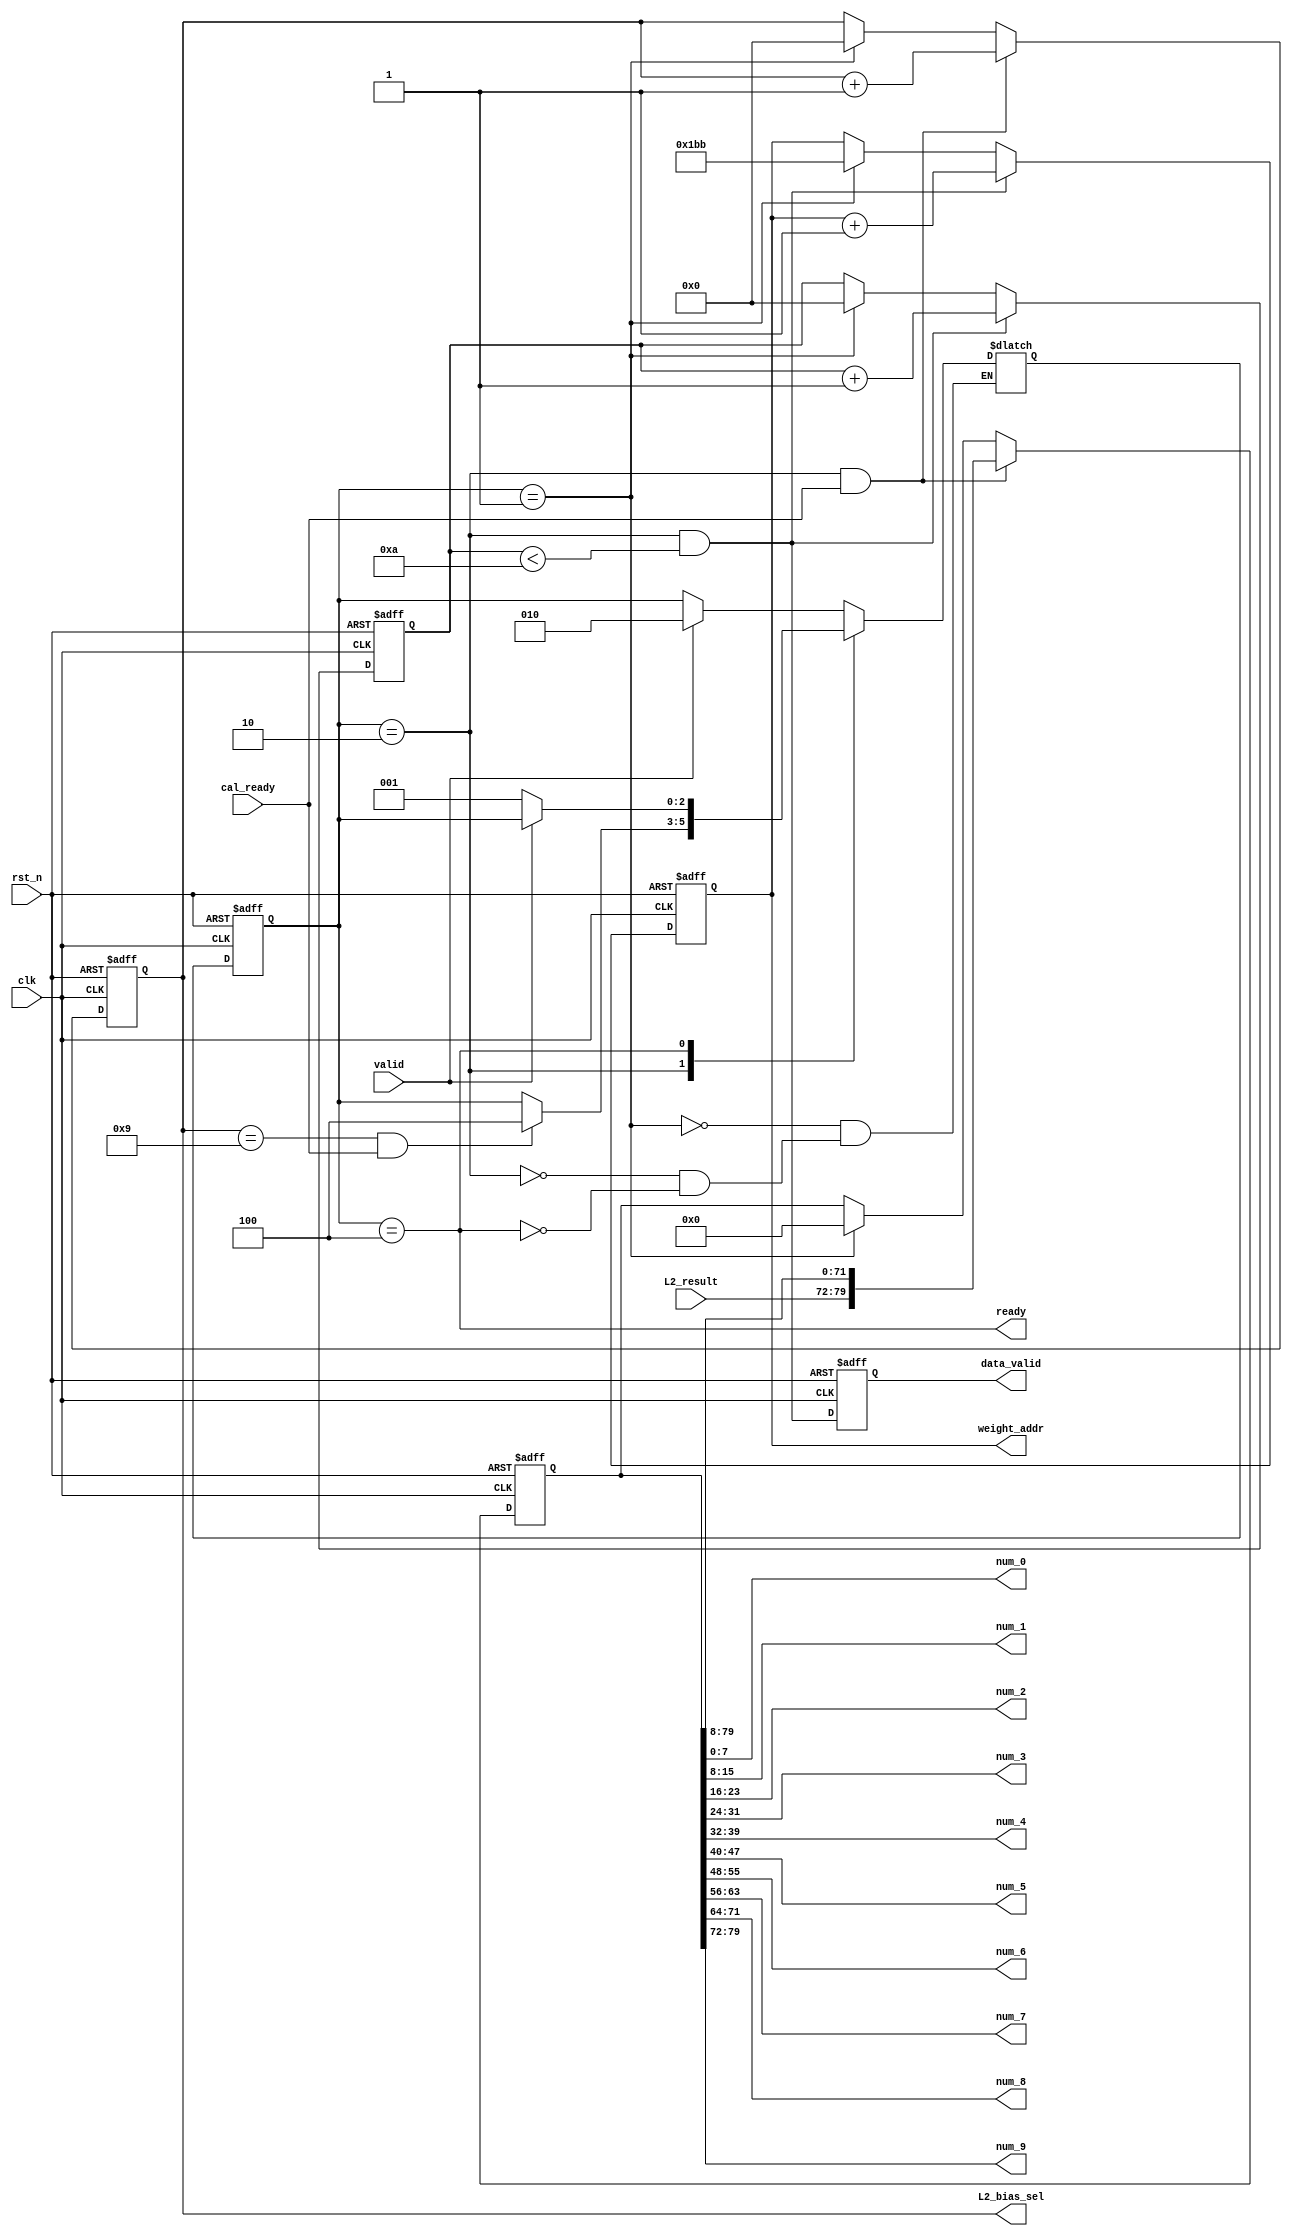
module L2FullCtrl #(
    parameter weight_Start_addr = 443,
    parameter Width = 15,
    parameter out_num = 10 - 1
)(
    input clk,
    input rst_n,
    // ready valid
    input  valid,
    output wire ready,

    input cal_ready,                    // DATA ready
    output [3:0] L2_bias_sel,

    output wire [8:0] weight_addr,
  //  input wire [191:0] weight_data,
    output wire data_valid,
    input wire [7:0] L2_result,

     //dataOut surface
    output wire [7:0] num_0,
    output wire [7:0] num_1, 
    output wire [7:0] num_2,
    output wire [7:0] num_3, 
    output wire [7:0] num_4,
    output wire [7:0] num_5, 
    output wire [7:0] num_6,
    output wire [7:0] num_7,
    output wire [7:0] num_8,
    output wire [7:0] num_9
);


//*********************************************FSM************************************************//

localparam IDLE = 3'b001;
localparam PROCESS = 3'b010;
localparam SDB = 3'b100;

reg [2:0] state;
reg [2:0] state_nxt;
wire L2_done;

always@(posedge clk or negedge rst_n) begin
  if(!rst_n)  state <= IDLE;
  else state<=state_nxt;
end

always@(*) begin
  case(state)
  IDLE:begin
    if(valid) state_nxt <= PROCESS;
    else state_nxt <=state;
  end
 
  PROCESS:begin
   if(L2_done) state_nxt <= SDB;
   else state_nxt <= state;
  end

  SDB : begin
    if(!valid) state_nxt <= IDLE;
    else state_nxt <= state;
  end
  endcase
end

assign ready = (state == SDB);
//****************************address******************************//
reg [3:0] addr_counter;

always@(posedge clk or negedge rst_n) begin
  if(~rst_n) begin
    addr_counter <= 0;
  end
  else if(state == PROCESS && addr_counter< (out_num + 1'd1)) begin
    addr_counter <= addr_counter + 1'd1;
  end
  else if(state == IDLE) begin
    addr_counter <= 0;
  end
end

reg [8:0] w_addr;

always@(posedge clk or negedge rst_n) begin
  if(~rst_n) begin
    w_addr <= weight_Start_addr;
  end
  else if(state == PROCESS && addr_counter < (out_num + 1'd1)) begin
    w_addr <= w_addr + 1'd1;
  end
  else if(state == IDLE) begin
    w_addr <= weight_Start_addr;
  end
end

assign weight_addr = w_addr;

wire ram_valid;
reg ram_valid_r;
assign ram_valid = (state == PROCESS && addr_counter < (out_num + 1'd1));

always@(posedge clk or negedge rst_n) begin
  if(~rst_n) begin
    ram_valid_r <= 0;
  end
  else ram_valid_r <= ram_valid;
end

assign data_valid = ram_valid_r;
//****************************************PROCESS********************************************//
reg [3:0] Num_counter;

always@(posedge clk or negedge rst_n) begin
  if(!rst_n)  begin
    Num_counter <= 4'd0;
  end
  else if(state == PROCESS && cal_ready) begin
    Num_counter <= Num_counter + 1'd1;
  end
  else if(state == IDLE) begin
    Num_counter <= 0;
  end
end

assign L2_done = (Num_counter == out_num && cal_ready);

reg [79:0]possible;
always@(posedge clk or negedge rst_n) begin
  if(!rst_n) begin
    possible <= 80'd0;
  end 
  else if(state == PROCESS && cal_ready) begin
    possible <={L2_result,possible[79:8]};
  end
  else if(state == IDLE) begin
    possible <= 0;
  end
end

assign L2_bias_sel = Num_counter;
assign num_0 = possible[7:0];
assign num_1 = possible[15:8];
assign num_2 = possible[23:16];
assign num_3 = possible[31:24];
assign num_4 = possible[39:32];
assign num_5 = possible[47:40];
assign num_6 = possible[55:48];
assign num_7 = possible[63:56];
assign num_8 = possible[71:64];
assign num_9 = possible[79:72];

endmodule